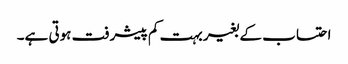
احتساب کے بغیر بہت کم پیشرفت ہوتی ہے۔